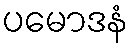
ပမောဒနံ